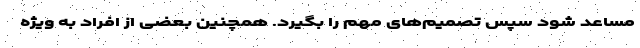
مساعد شود سپس تصمیم‌های مهم را بگیرد. همچنین بعضی از افراد به ویژه